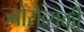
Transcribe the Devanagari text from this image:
ज्बोरोव्सकी